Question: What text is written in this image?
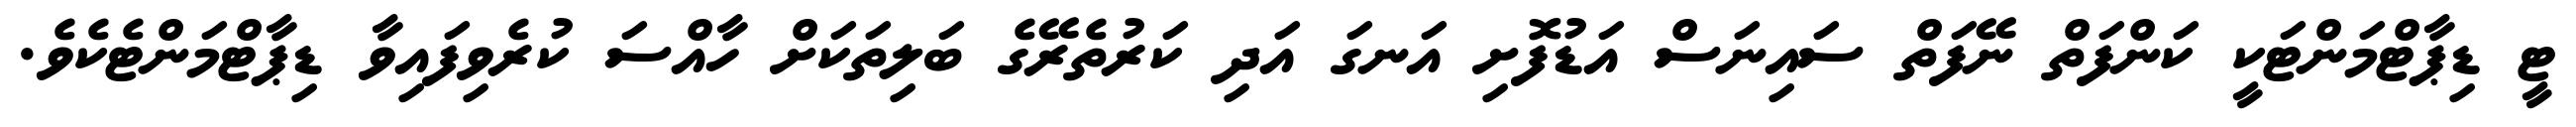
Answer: ޓީ ޑިޕާޓްމަންޓަކީ ކަންފަތް ނޭފަތް ސައިނަސް އަޑުފޮށި އަނގަ އަދި ކަރުތެރޭގެ ބަލިތަކަށް ހާއްސަ ކުރެވިފައިވާ ޑިޕާޓްމަންޓެކެވެ.